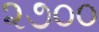
૨૭૦૦